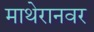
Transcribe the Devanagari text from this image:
माथेरानवर